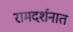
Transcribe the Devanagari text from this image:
रामदर्शनात